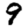
Digit: 9